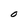
Character: O